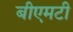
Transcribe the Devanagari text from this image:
बीएमटी